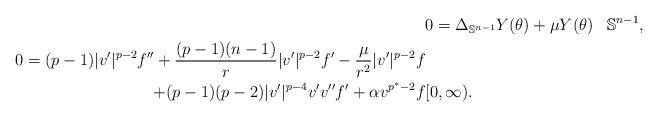
LaTeX: \begin{align*}&0=\Delta_{\mathbb{S}^{n-1}}Y(\theta) + \mu Y(\theta)& \mathbb{S}^{n-1},\\0=(p-1) |v'|^{p-2} f'' + \frac{(p-1)(n-1)}{r} |v'|^{p-2} f' -\frac{\mu}{r^2}|v'|^{p-2} f \\+(p-1)(p-2)|v'|^{p-4} v'v'' f' +\alpha v^{p^*-2}f & [0,\infty).\end{align*}